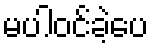
မပါဝင်ခဲ့ပေ